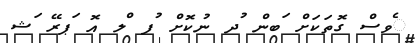
ެވސް ގޮތަކަށް ަބން ުދ ނުކޮށް ުފ ްލ އޮ ަޕރޭ ަޝ